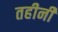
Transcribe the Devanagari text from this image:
तहीनी